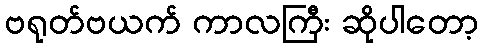
ဗရုတ်ဗယက် ကာလကြီး ဆိုပါတော့